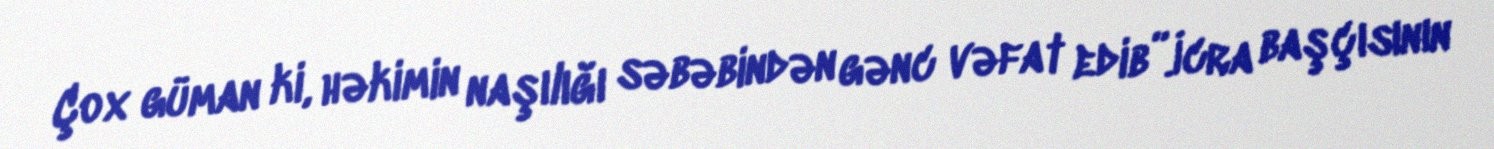
Çox güman ki, həkimin naşılığı səbəbindən gənc vəfat edib”.İcra başçısının